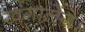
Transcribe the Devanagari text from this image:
खंगालेंगे।